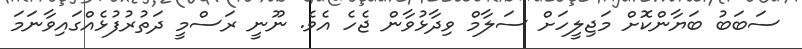
ސަބަބު ބަޔާންކޮށް މަޖިލީހަށް ސަލާމް ވިދާޅުވާން ޖެހެ އެވެ. ނޫނީ ރަސްމީ ދަތުރުފުޅެއްގައިވާނަމަ